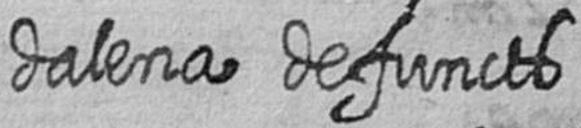
dalena defuncts